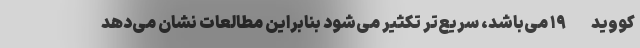
کووید-۱۹ می‌باشد، سریع‌تر تکثیر می‌شود بنابراین مطالعات نشان می‌دهد